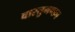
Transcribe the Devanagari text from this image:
वास्तुमण्डन